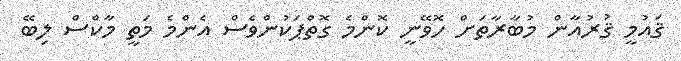
ޤައުމީ ޤުރުއާން މުބާރާތަށް ހޮވޭނީ ކޮންމެ ގޮތްޕަކުންވެސް އެންމެ މަތީ މާކްސް ލިބޭ